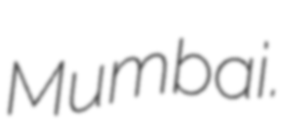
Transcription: Mumbai.